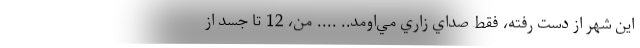
اين شهر از دست رفته، فقط صداي زاري مي‌اومد.. .... من، 12 تا جسد از